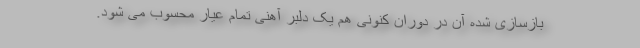
بازسازی شده آن در دوران کنونی هم یک دلبر آهنی تمام عیار محسوب می شود.